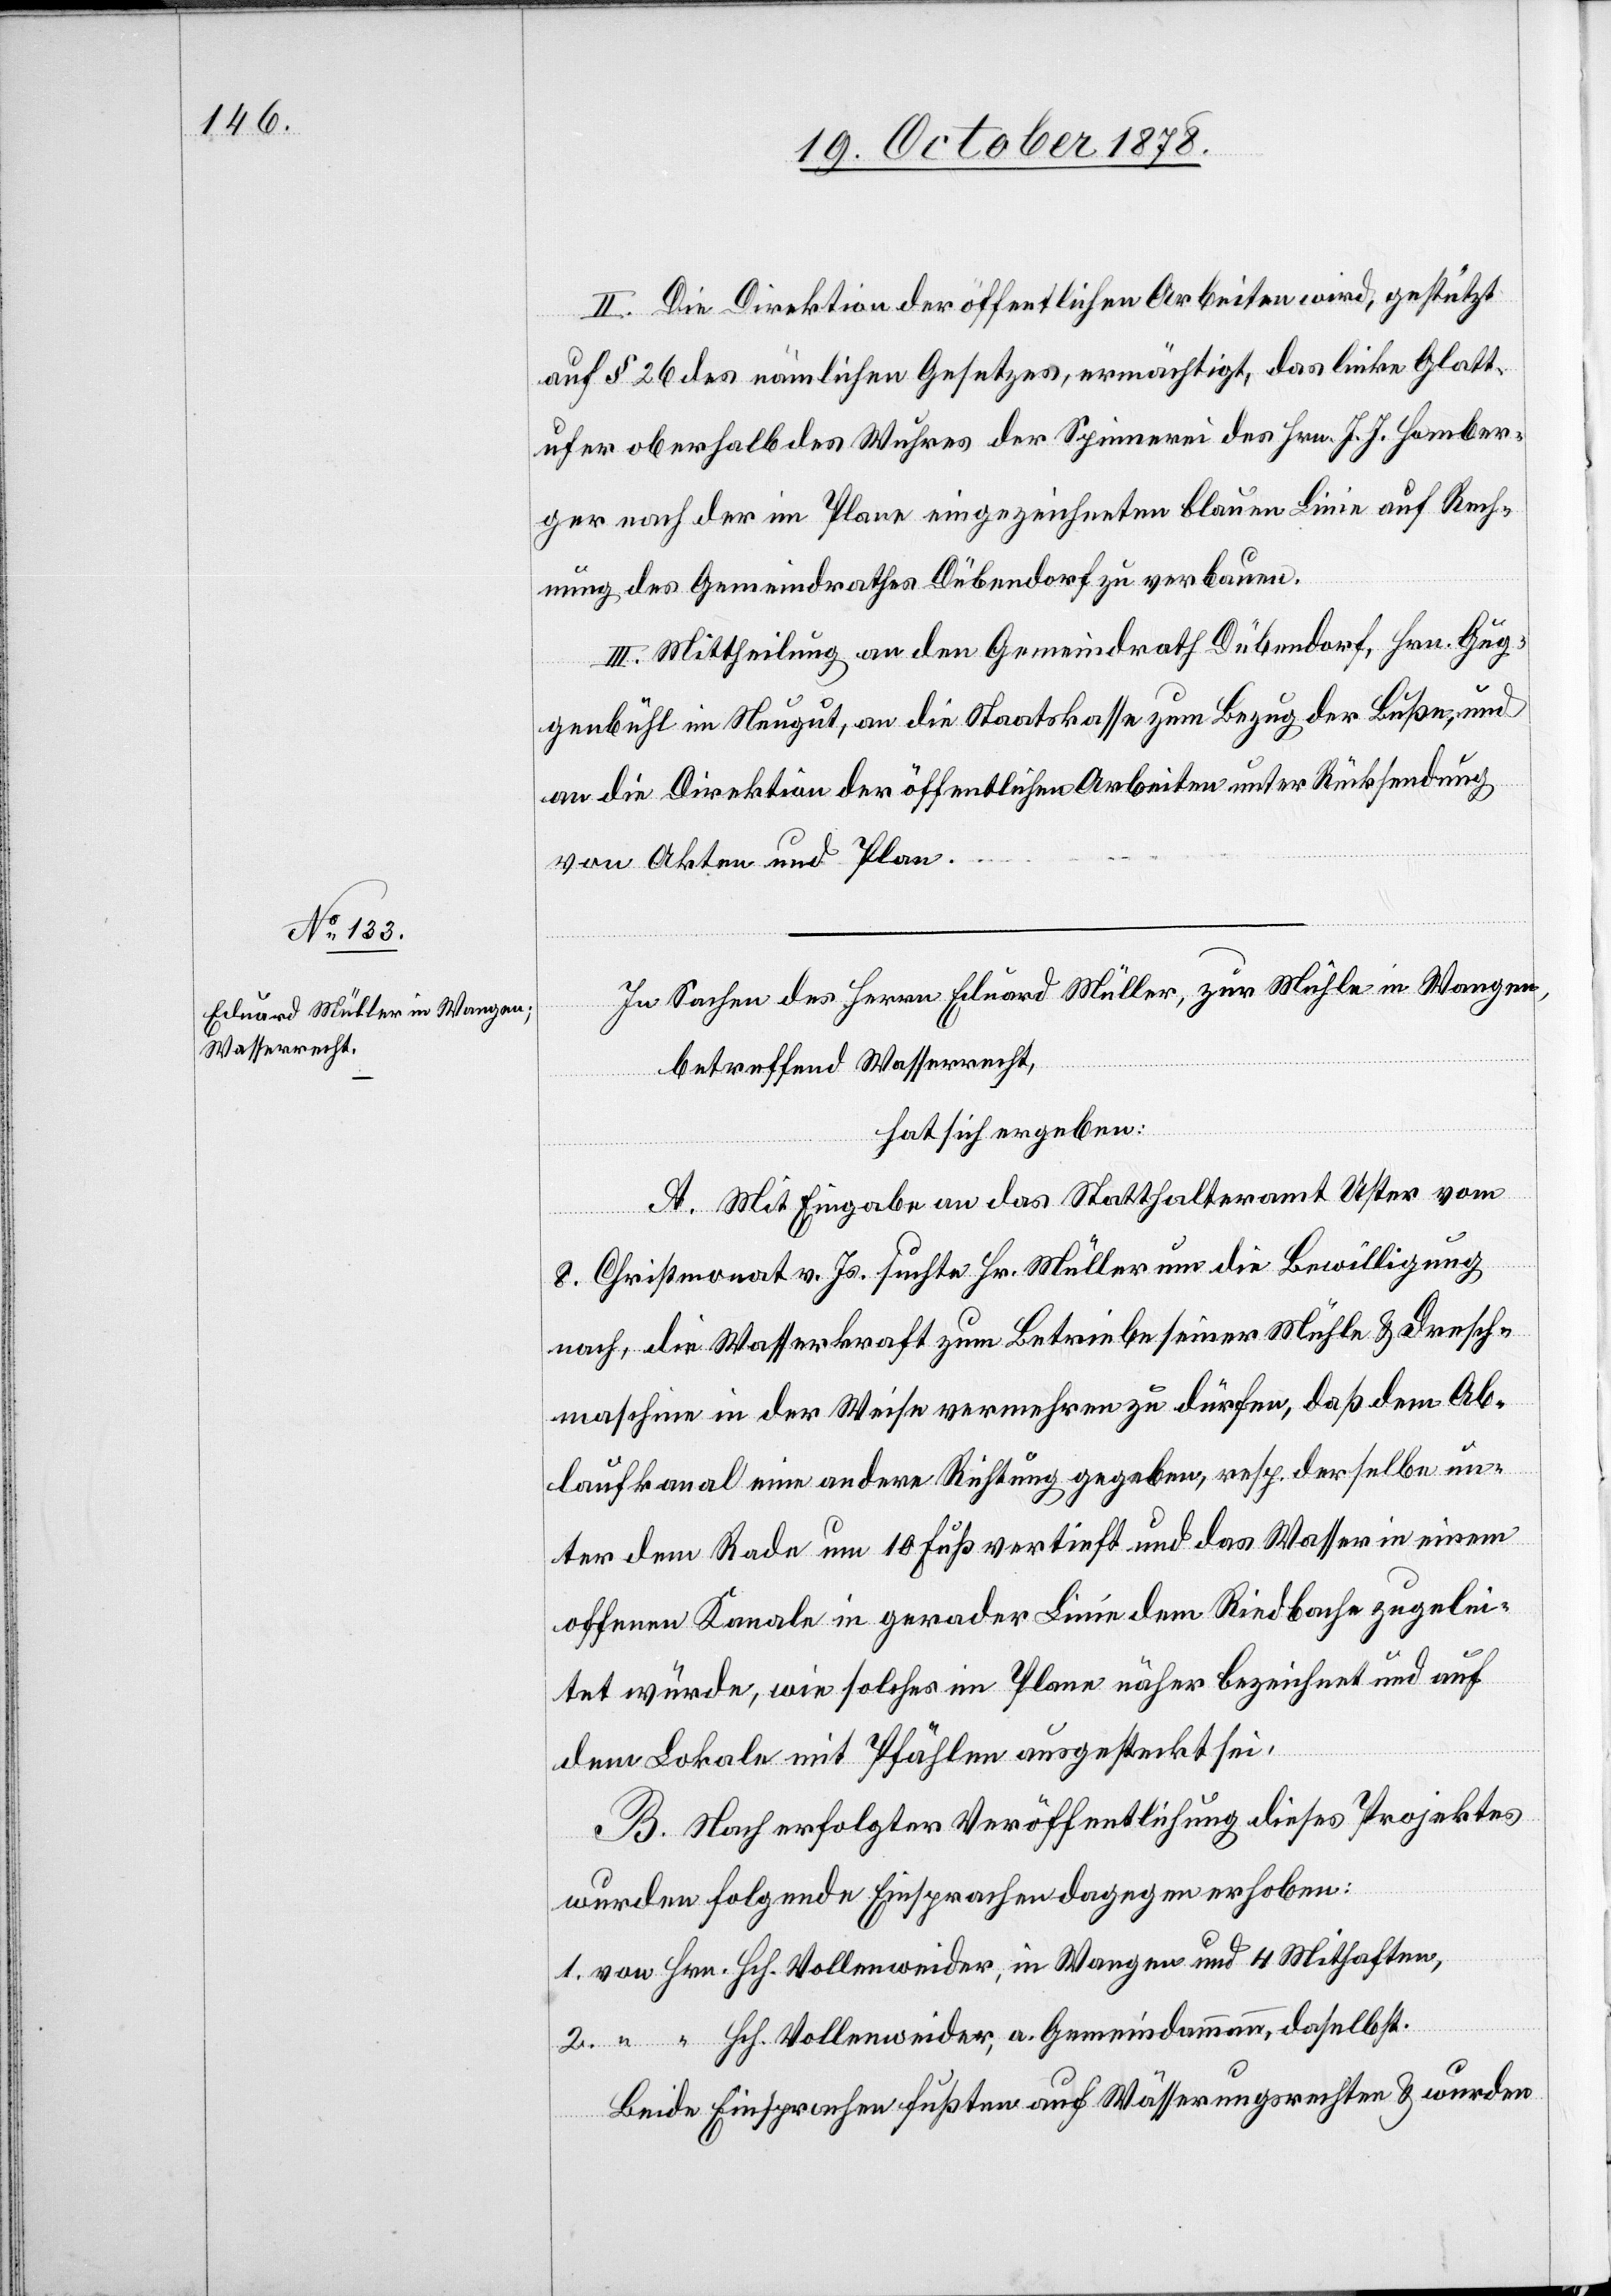
II. Die Direktion der öffentlichen Arbeiten wird, gestützt
auf § 26 des nämlichen Gesetzes, ermächtigt, das linke Glatt¬
ufer oberhalb des Wuhres der Spinnerei des Hrn. J. J. Homber¬
ger nach der im Plane eingezeichneten blauen Linie auf Rech¬
nung des Gemeindrathes Dübendorf zu verbauen.
III. Mittheilung an den Gemeindrath Dübendorf, Hrn. Gug¬
genbühl im Neugut, an die Staatskasse zum Bezug der Buße, und
an die Direktion der öffentlichen Arbeiten unter Rücksendung
von Akten und Plan.
In Sachen des Herrn Eduard Müller, zur Mühle in Wangen,
betreffend Wasserrecht,
hat sich ergeben:
A. Mit Eingabe an das Statthalteramt Uster vom
8. Christmonat v. Js. suchte Hr. Müller um die Bewilligung
nach, die Wasserkraft zum Betriebe seiner Mühle & Dresch¬
maschine in der Wiese vermehren zu dürfen, daß dem Ab¬
laufkanal eine andere Richtung gegeben, resp. derselbe un¬
ter dem Rade um 10 Fuß vertieft und das Wasser in einem
offenen Kanale in gerader Linie dem Riedbache zugelei¬
tet würde, wie solches im Plane näher bezeichnet und auf
dem Lokale mit Pfählen ausgesteckt sei.
B. Nach erfolgter Veröffentlichung dieses Projektes
wurden folgende Einsprachen dagegen erhoben:
1. von Hrn. Hch. Vollenweider, in Wangen und 4 Mithaften,
2. “ “ Hch. Vollenweider, a. Gemeindammann, daselbst.
Beide Einsprachen fußten auf Wässerungsrechten & wurden